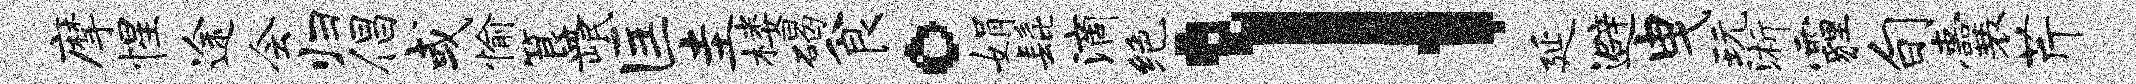
摩惺途会归倡或愉簋岷匡圭楼碣食。娟髭滴绝l延避曳玩浙霾旬囊芹